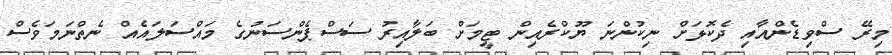
މިރޭ ސްވިޑެންއާއި ދެކޮޅަށް ނިކުންނަ ޔޫކްރެއިން ޓީމަށް ބަލާއިރު ސަސްޕެންސަނުގެ މައްސަލައެއް ނެތްނަމަވެސް